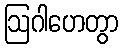
ဩဂါဟေတွာ